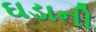
ઘડાની